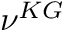
\nu ^ { K G }